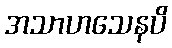
အသာဟသေနပိ